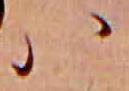
ハ